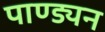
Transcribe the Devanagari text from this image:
पाण्ड्यन